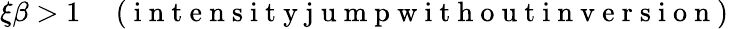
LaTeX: \xi\beta>1\quad\mathrm{~(~i~n~t~e~n~s~i~t~y~j~u~m~p~w~i~t~h~o~u~t~i~n~v~e~r~s~i~o~n~)~}